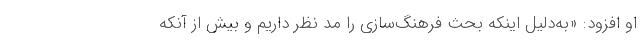
او افزود: «به‌دلیل اینکه بحث فرهنگ‌سازی را مد نظر داریم و بیش از آنکه